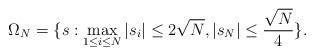
LaTeX: \begin{align*} \Omega_N=\{s: \max_{1\leq i \leq N}|s_i|\leq 2\sqrt{N}, |s_N|\leq \frac{\sqrt{N}}{4}\}.\end{align*}